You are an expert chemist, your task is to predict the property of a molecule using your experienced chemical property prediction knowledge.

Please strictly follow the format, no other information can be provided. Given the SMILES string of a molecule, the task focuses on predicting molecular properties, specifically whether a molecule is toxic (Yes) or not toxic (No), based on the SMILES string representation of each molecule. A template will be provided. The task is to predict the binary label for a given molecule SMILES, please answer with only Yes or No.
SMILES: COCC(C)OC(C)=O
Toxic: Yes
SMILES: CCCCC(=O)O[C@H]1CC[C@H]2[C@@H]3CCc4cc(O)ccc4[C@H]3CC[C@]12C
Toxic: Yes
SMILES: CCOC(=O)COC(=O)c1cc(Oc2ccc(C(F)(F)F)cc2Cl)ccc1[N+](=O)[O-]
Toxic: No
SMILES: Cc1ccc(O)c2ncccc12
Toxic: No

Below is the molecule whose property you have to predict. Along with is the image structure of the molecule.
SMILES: CCNc1cc(O)ccc1C
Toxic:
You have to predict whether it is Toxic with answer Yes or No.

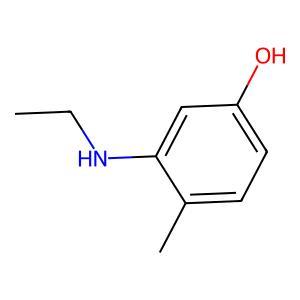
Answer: No